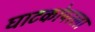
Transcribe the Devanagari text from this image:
घाटकोपरला